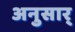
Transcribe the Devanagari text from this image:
अनुसार्